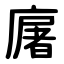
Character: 廜